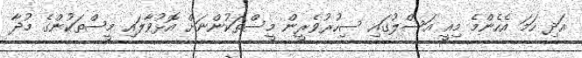
އަދި ހަމަ އެހެންމެ މިއީ އަސްލުގައި ސިހުރުވެރީން މީސްތަކުންނަށް އޮޅުވާލައި މީސްތަކުންގެ މުދާ